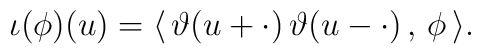
\iota(\phi)(u)=\langle\,\vartheta(u+\cdot)\,\vartheta(u-\cdot)\,,\,\phi\,\rangle.